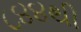
૮૪૪થી